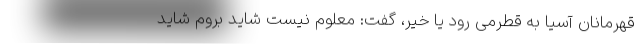
قهرمانان آسیا به قطرمی رود یا خیر، گفت: معلوم نیست شاید بروم شاید